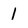
Character: 1